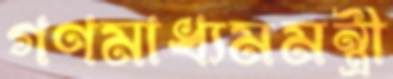
গণমাধ্যমমন্ত্রী